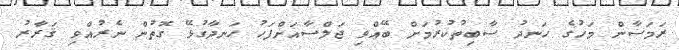
ރަމަޟާން މަހުގެ ހަނދު ސާބިތުކުރުމަށް ބޭއްވި ޖަލްސާއަށްފަހު ހަނދާގުޅޭ ގޮތުން ނެރުއްވި ޤަރާރު